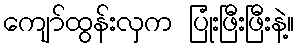
ကျော်ထွန်းလှက ပြုံးဖြီးဖြီးနဲ့။